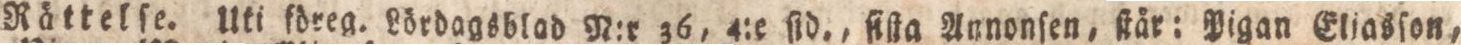
Rättelſe. Uti föreg. Lördagsblad N:r 36, 4:e ſid., ſiſta Annonſen, ſtår: Pigan Eliasſon,